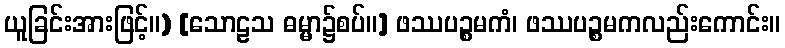
ယူခြင်းအားဖြင့်။) [သောဠသ ဓမ္မာ၌စပ်။] ဖဿပဉ္စမကံ၊ ဖဿပဉ္စမကလည်းကောင်း။